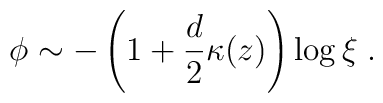
\phi \sim - \left(1+ \frac{d}{2}\kappa (z) \right) \log \xi \; .